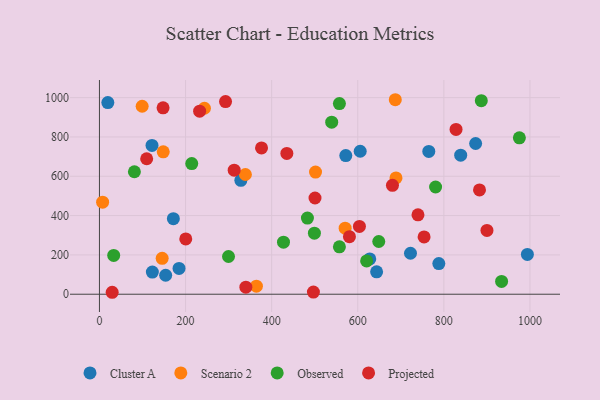
{"axis": {"x": "Price", "y": "Sales"}, "legend": ["Cluster A", "Observed", "Projected", "Scenario 2"], "data": [{"x": "873.8", "y": 766.6, "type": "Cluster A"}, {"x": "765.0", "y": 726.2, "type": "Cluster A"}, {"x": "122.1", "y": 756.8, "type": "Cluster A"}, {"x": "722.5", "y": 208.3, "type": "Cluster A"}, {"x": "643.8", "y": 113.9, "type": "Cluster A"}, {"x": "19.5", "y": 974.7, "type": "Cluster A"}, {"x": "184.9", "y": 131.4, "type": "Cluster A"}, {"x": "839.1", "y": 707.3, "type": "Cluster A"}, {"x": "572.2", "y": 705.4, "type": "Cluster A"}, {"x": "171.7", "y": 384.1, "type": "Cluster A"}, {"x": "788.3", "y": 156.1, "type": "Cluster A"}, {"x": "605.7", "y": 727.4, "type": "Cluster A"}, {"x": "627.9", "y": 179.6, "type": "Cluster A"}, {"x": "153.8", "y": 96.4, "type": "Cluster A"}, {"x": "122.9", "y": 112.6, "type": "Cluster A"}, {"x": "328.5", "y": 579.4, "type": "Cluster A"}, {"x": "994.0", "y": 202.6, "type": "Cluster A"}, {"x": "148.2", "y": 724.2, "type": "Scenario 2"}, {"x": "501.9", "y": 621.5, "type": "Scenario 2"}, {"x": "687.2", "y": 989.4, "type": "Scenario 2"}, {"x": "364.6", "y": 40.7, "type": "Scenario 2"}, {"x": "243.9", "y": 946.1, "type": "Scenario 2"}, {"x": "99.2", "y": 956.2, "type": "Scenario 2"}, {"x": "7.4", "y": 468.0, "type": "Scenario 2"}, {"x": "339.0", "y": 609.1, "type": "Scenario 2"}, {"x": "145.7", "y": 182.4, "type": "Scenario 2"}, {"x": "688.8", "y": 591.4, "type": "Scenario 2"}, {"x": "570.7", "y": 335.9, "type": "Scenario 2"}, {"x": "33.1", "y": 197.5, "type": "Observed"}, {"x": "557.4", "y": 969.9, "type": "Observed"}, {"x": "934.1", "y": 65.2, "type": "Observed"}, {"x": "427.5", "y": 265.0, "type": "Observed"}, {"x": "887.0", "y": 984.7, "type": "Observed"}, {"x": "499.3", "y": 310.4, "type": "Observed"}, {"x": "299.8", "y": 191.8, "type": "Observed"}, {"x": "214.4", "y": 664.4, "type": "Observed"}, {"x": "483.1", "y": 387.3, "type": "Observed"}, {"x": "557.4", "y": 241.3, "type": "Observed"}, {"x": "780.8", "y": 545.4, "type": "Observed"}, {"x": "81.2", "y": 623.0, "type": "Observed"}, {"x": "620.6", "y": 169.5, "type": "Observed"}, {"x": "975.4", "y": 795.8, "type": "Observed"}, {"x": "648.8", "y": 268.3, "type": "Observed"}, {"x": "539.5", "y": 875.2, "type": "Observed"}, {"x": "497.0", "y": 10.9, "type": "Projected"}, {"x": "232.7", "y": 931.0, "type": "Projected"}, {"x": "200.5", "y": 281.1, "type": "Projected"}, {"x": "900.1", "y": 324.3, "type": "Projected"}, {"x": "109.7", "y": 689.2, "type": "Projected"}, {"x": "603.9", "y": 345.0, "type": "Projected"}, {"x": "739.9", "y": 403.8, "type": "Projected"}, {"x": "340.1", "y": 35.7, "type": "Projected"}, {"x": "435.3", "y": 716.2, "type": "Projected"}, {"x": "313.0", "y": 631.1, "type": "Projected"}, {"x": "680.6", "y": 553.8, "type": "Projected"}, {"x": "376.5", "y": 744.4, "type": "Projected"}, {"x": "828.3", "y": 838.4, "type": "Projected"}, {"x": "292.9", "y": 980.0, "type": "Projected"}, {"x": "147.8", "y": 948.4, "type": "Projected"}, {"x": "754.1", "y": 291.6, "type": "Projected"}, {"x": "500.7", "y": 489.6, "type": "Projected"}, {"x": "29.6", "y": 9.9, "type": "Projected"}, {"x": "580.7", "y": 292.6, "type": "Projected"}, {"x": "882.8", "y": 530.5, "type": "Projected"}]}